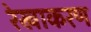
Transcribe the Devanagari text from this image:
रेखाकरण